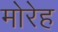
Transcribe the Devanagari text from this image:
मोरेह